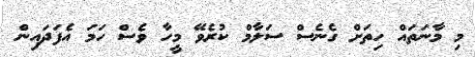
މި މާނަތައް ހިތަށް ގެނެސް ސަލާމް ކުރެވޭ މީހާ ވެސް ހަމަ އެފަދައިން